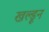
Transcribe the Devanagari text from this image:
खल्डून